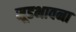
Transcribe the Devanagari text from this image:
सूडभावना